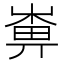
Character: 𡻼